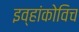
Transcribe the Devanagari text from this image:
इव्हांकोविच